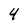
Character: 4